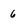
Character: 6